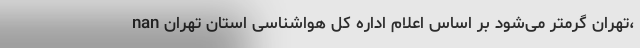
nan تهران گرمتر می‌شود بر اساس اعلام اداره کل هواشناسی استان تهران،